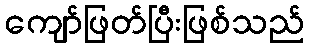
ကျော်ဖြတ်ပြီးဖြစ်သည်